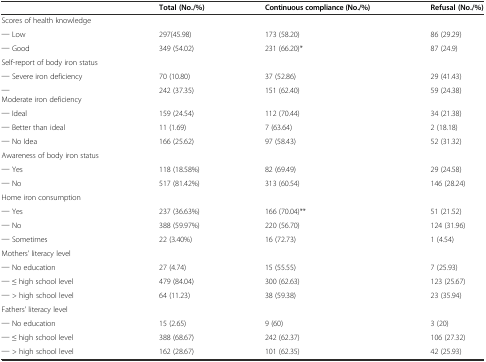
<table><thead><tr><td></td><td><b>Total (No./%)</b></td><td><b>Continuous compliance (No./%)</b></td><td><b>Refusal (No./%)</b></td></tr></thead><tbody><tr><td>Scores of health knowledge</td><td></td><td></td><td></td></tr><tr><td>─ Low</td><td>297(45.98)</td><td>173 (58.20)</td><td>86 (29.29)</td></tr><tr><td>─ Good</td><td>349 (54.02)</td><td>231 (66.20)*</td><td>87 (24.9)</td></tr><tr><td>Self-report of body iron status</td><td></td><td></td><td></td></tr><tr><td>─ Severe iron deficiency</td><td>70 (10.80)</td><td>37 (52.86)</td><td>29 (41.43)</td></tr><tr><td>─Moderate iron deficiency</td><td>242 (37.35)</td><td>151 (62.40)</td><td>59 (24.38)</td></tr><tr><td>─ Ideal</td><td>159 (24.54)</td><td>112 (70.44)</td><td>34 (21.38)</td></tr><tr><td>─ Better than ideal</td><td>11 (1.69)</td><td>7 (63.64)</td><td>2 (18.18)</td></tr><tr><td>─ No Idea</td><td>166 (25.62)</td><td>97 (58.43)</td><td>52 (31.32)</td></tr><tr><td>Awareness of body iron status</td><td></td><td></td><td></td></tr><tr><td>─ Yes</td><td>118 (18.58%)</td><td>82 (69.49)</td><td>29 (24.58)</td></tr><tr><td>─ No</td><td>517 (81.42%)</td><td>313 (60.54)</td><td>146 (28.24)</td></tr><tr><td>Home iron consumption</td><td></td><td></td><td></td></tr><tr><td>─ Yes</td><td>237 (36.63%)</td><td>166 (70.04)**</td><td>51 (21.52)</td></tr><tr><td>─ No</td><td>388 (59.97%)</td><td>220 (56.70)</td><td>124 (31.96)</td></tr><tr><td>─ Sometimes</td><td>22 (3.40%)</td><td>16 (72.73)</td><td>1 (4.54)</td></tr><tr><td>Mothers’ literacy level</td><td></td><td></td><td></td></tr><tr><td>─ No education</td><td>27 (4.74)</td><td>15 (55.55)</td><td>7 (25.93)</td></tr><tr><td>─ ≤ high school level</td><td>479 (84.04)</td><td>300 (62.63)</td><td>123 (25.67)</td></tr><tr><td>─ &gt; high school level</td><td>64 (11.23)</td><td>38 (59.38)</td><td>23 (35.94)</td></tr><tr><td>Fathers&#x27; literacy level</td><td></td><td></td><td></td></tr><tr><td>─ No education</td><td>15 (2.65)</td><td>9 (60)</td><td>3 (20)</td></tr><tr><td>─ ≤ high school level</td><td>388 (68.67)</td><td>242 (62.37)</td><td>106 (27.32)</td></tr><tr><td>─ &gt; high school level</td><td>162 (28.67)</td><td>101 (62.35)</td><td>42 (25.93)</td></tr></tbody></table>